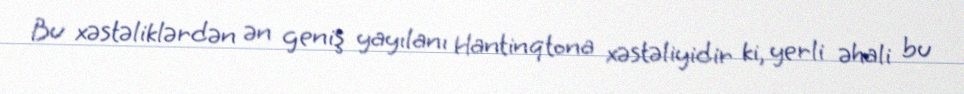
Bu xəstəliklərdən ən geniş yayılanı Hantinqtona xəstəliyidir ki, yerli əhali bu